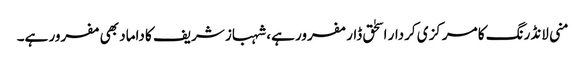
منی لانڈرنگ کا مرکزی کردار اسحٰق ڈار مفرور ہے، شہباز شریف کا داماد بھی مفرور ہے۔